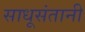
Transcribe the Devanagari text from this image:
साधूसंतानी